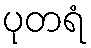
ပုတရံ